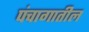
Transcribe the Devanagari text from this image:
पंचागातील